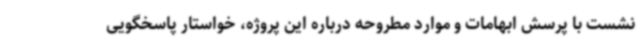
نشست با پرسش ابهامات و موارد مطروحه درباره این پروژه، خواستار پاسخگویی